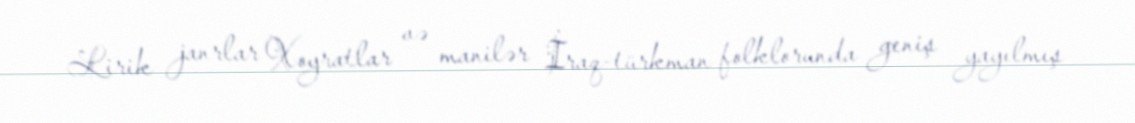
Lirik janrlar Xoyratlar və manilər İraq-türkman folklorunda geniş yayılmış